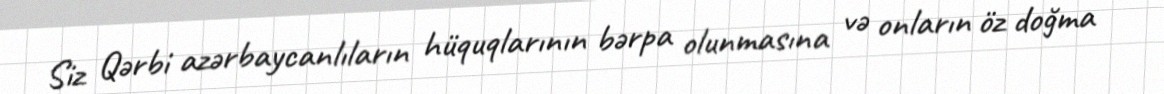
Siz Qərbi azərbaycanlıların hüquqlarının bərpa olunmasına və onların öz doğma